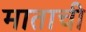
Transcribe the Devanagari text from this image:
माताची